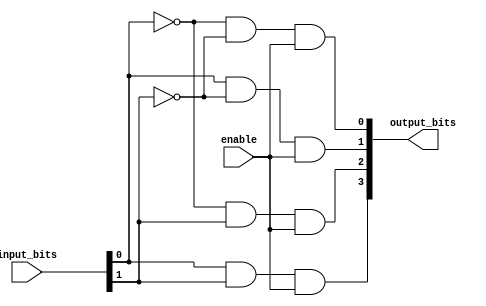
module my_2to4_decoder(input_bits, output_bits, enable);
	
	input [1:0] input_bits;
	input enable;
	
	output [3:0] output_bits;
	
	wire not0Output, not1Output;
	
	not myNot0(not0Output, input_bits[0]);
	not myNot1(not1Output, input_bits[1]);
	
		
	and myAnd3(output_bits[3],input_bits[0], input_bits[1], enable);
	and myAnd2(output_bits[2], not0Output, input_bits[1], enable);
	and myAnd1(output_bits[1], input_bits[0], not1Output, enable);
	and myAnd0(output_bits[0], not0Output, not1Output, enable);
	
endmodule